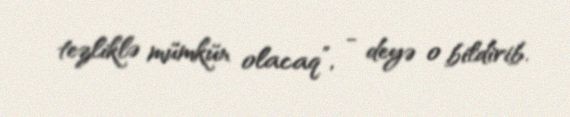
tezliklə mümkün olacaq”, - deyə o bildirib.